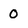
Character: 0